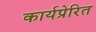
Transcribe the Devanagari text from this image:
कार्यप्रेरित